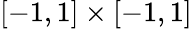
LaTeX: [-1,1]\times[-1,1]